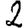
Digit: 2